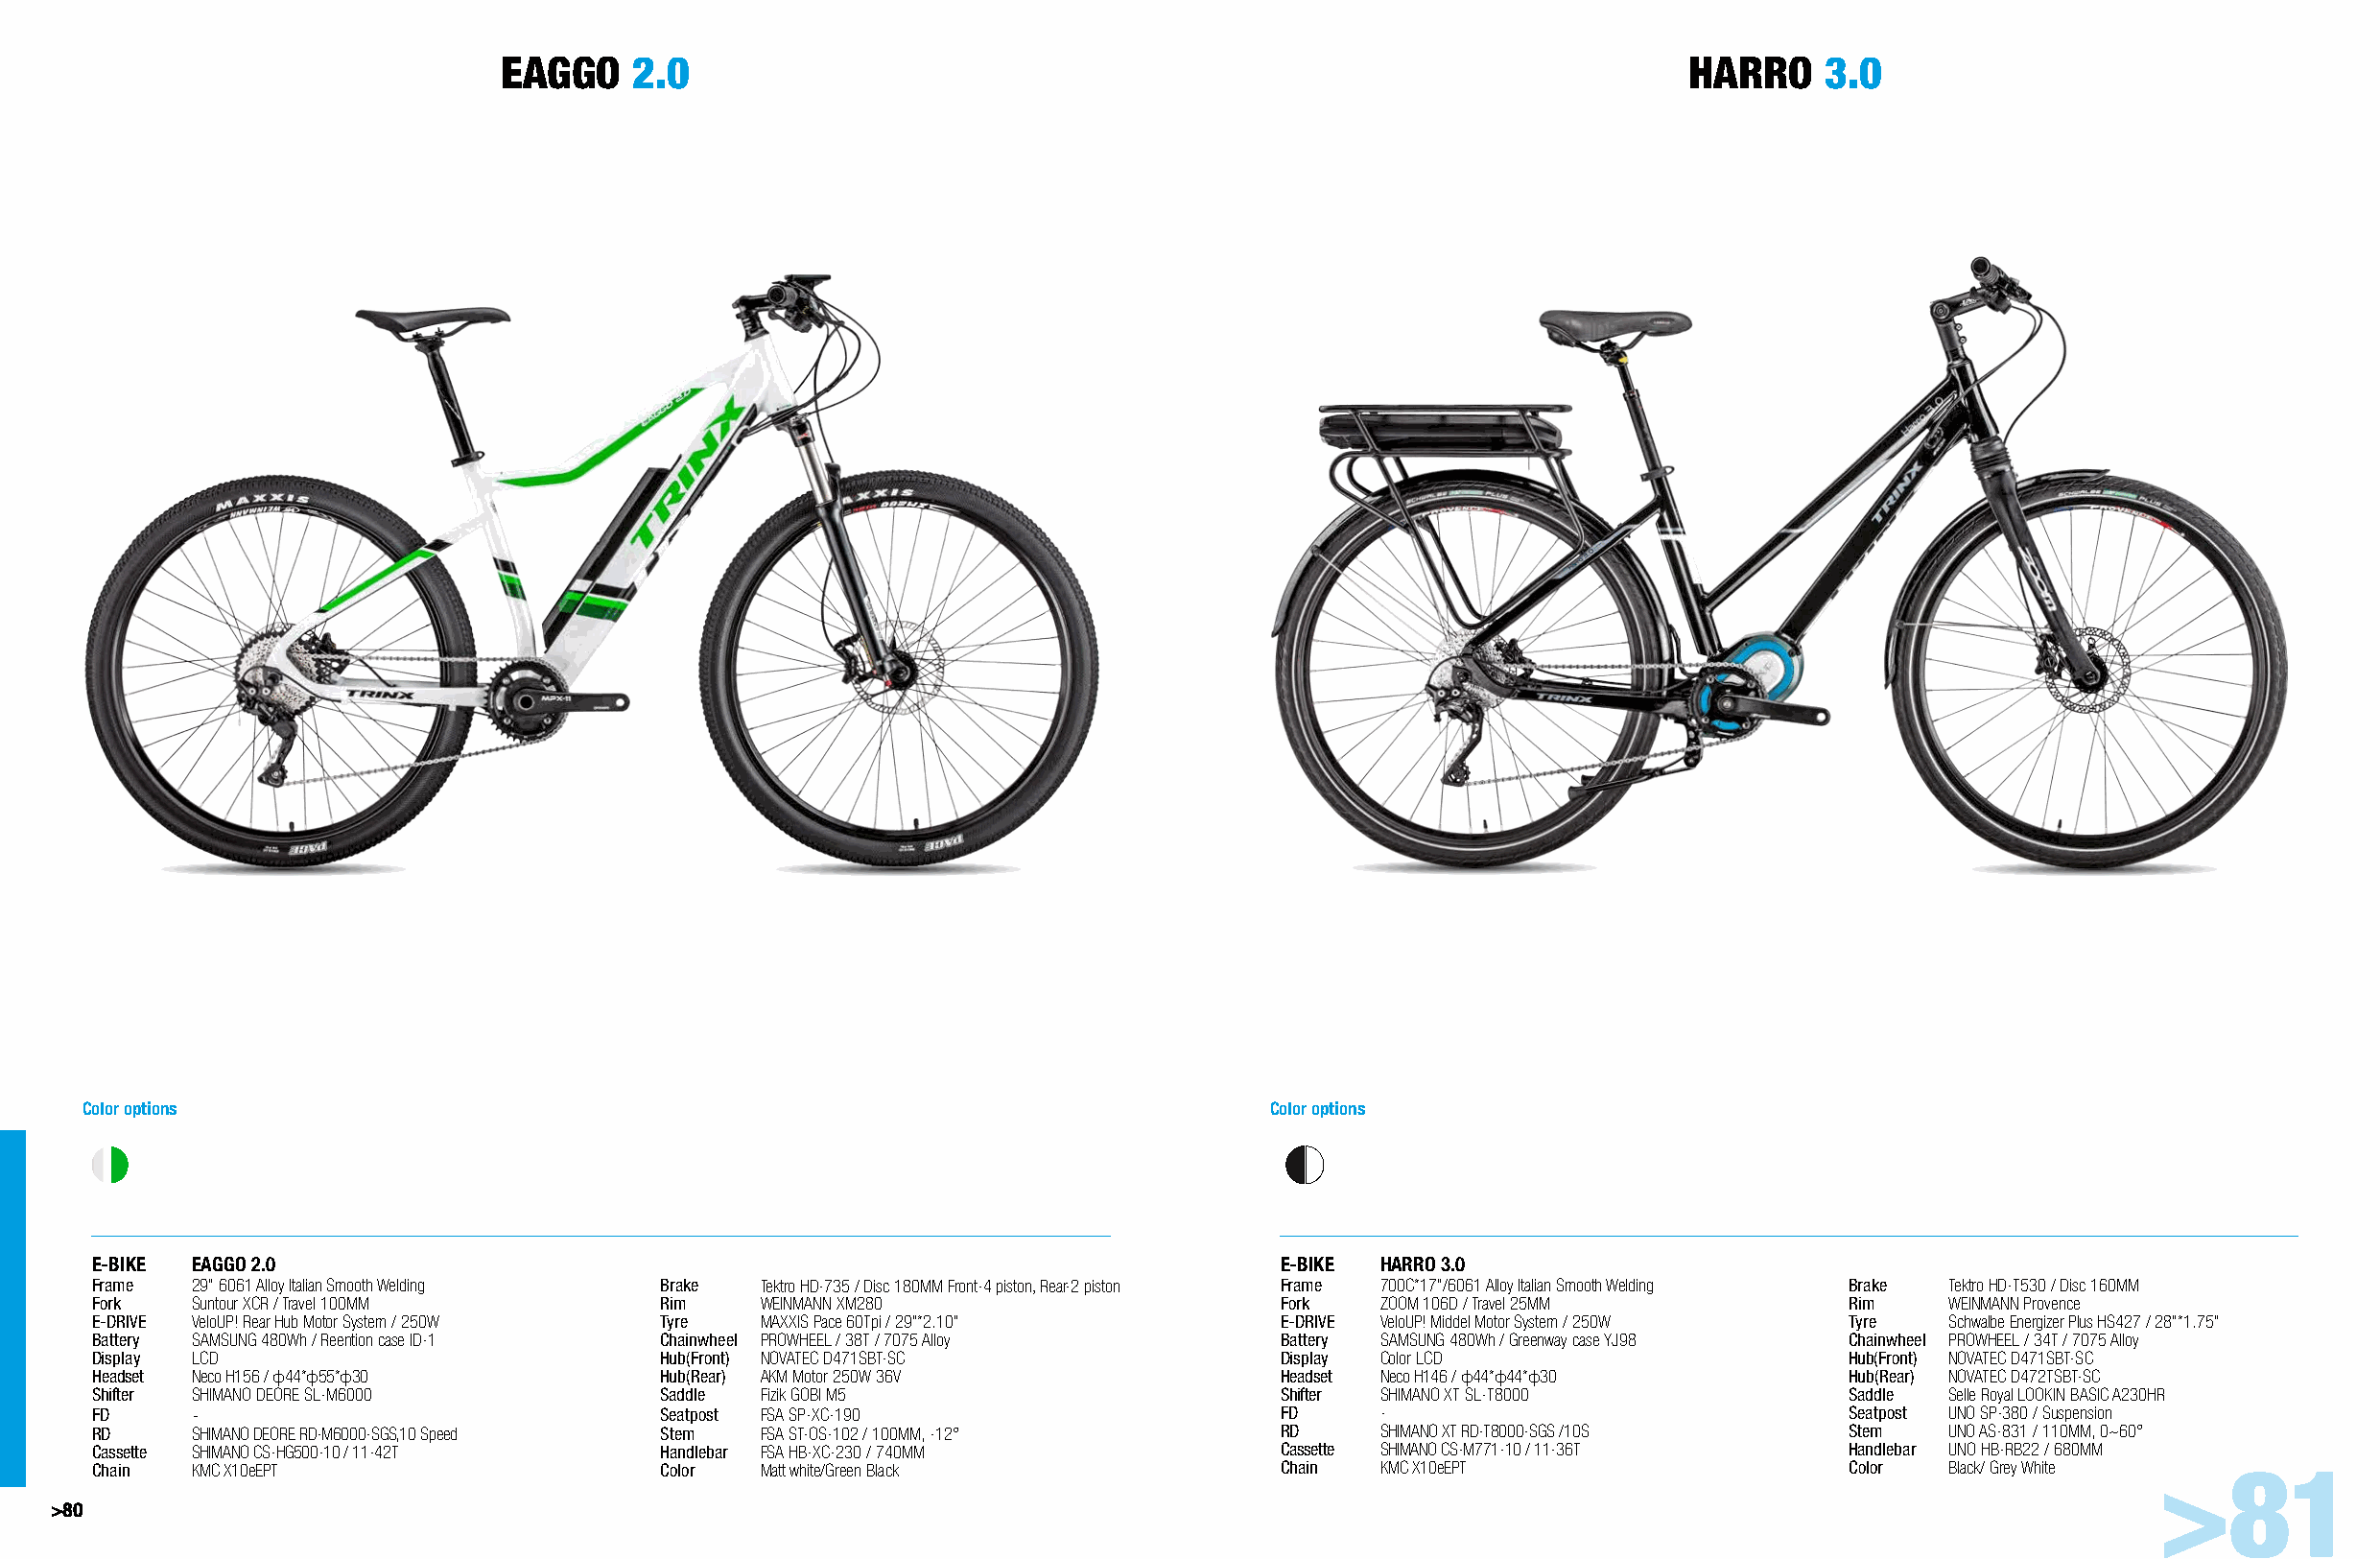
EAGGO    2.0                                                                     HARRO     3.0
 Color options                                                                     Color options
 E-BIKE EAGGO 2.0                                                                  E-BIKE HARRO 3.0
 Frame  29" 6061 Alloy Italian Smooth Welding Brake Tektro HD-735 / Disc 180MM Front-4 piston, Rear-2 piston Frame 700C*17"/6061 Alloy Italian Smooth Welding Brake Tektro HD-T530 / Disc 160MM
 Fork   Suntour XCR / Travel 100MM       Rim   WEINMANN XM280                      Fork   ZOOM 106D / Travel 25MM          Rim   WEINMANN Provence
 E-DRIVE VeloUP! Rear Hub Motor System / 250W Tyre MAXXIS Pace 60Tpi / 29"*2.10"   E-DRIVE VeloUP! Middel Motor System / 250W Tyre Schwalbe Energizer Plus HS427 / 28"*1.75"
 Battery SAMSUNG 480Wh / Reention case ID-1 Chainwheel PROWHEEL / 38T / 7075 Alloy Battery SAMSUNG 480Wh / Greenway case YJ98 Chainwheel PROWHEEL / 34T / 7075 Alloy
 Display LCD                             Hub(Front) NOVATEC D471SBT-SC             Display Color LCD                       Hub(Front) NOVATEC D471SBT-SC
 Headset Neco H156 / φ44*φ55*φ30         Hub(Rear) AKM Motor 250W 36V              Headset Neco H146 / φ44*φ44*φ30         Hub(Rear) NOVATEC D472TSBT-SC
 Shifter SHIMANO DEORE SL-M6000          Saddle Fizik GOBI M5                      Shifter SHIMANO XT SL-T8000             Saddle Selle Royal LOOKIN BASIC A230HR
 FD     -                                Seatpost FSA SP-XC-190                    FD     -                                Seatpost UNO SP-380 / Suspension
 RD     SHIMANO DEORE RD-M6000-SGS,10 Speed Stem FSA ST-OS-102 / 100MM, -12°       RD     SHIMANO XT RD-T8000-SGS /10S     Stem  UNO AS-831 / 110MM, 0~60°
 Cassette SHIMANO CS-HG500-10 / 11-42T   Handlebar FSA HB-XC-230 / 740MM           Cassette SHIMANO CS-M771-10 / 11-36T    Handlebar UNO HB-RB22 / 680MM
 Chain  KMC X10eEPT                      Color Matt white/Green Black              Chain  KMC X10eEPT                      Color Black/ Grey White >81
 >80